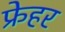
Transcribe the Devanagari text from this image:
फ्रेहर